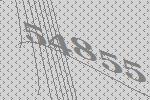
54855